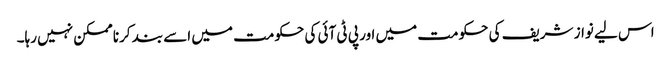
اس لیے نواز شریف کی حکومت میں اور پی ٹی آئی کی حکومت میں اسے بند کرنا ممکن نہیں رہا۔